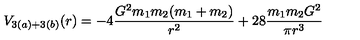
V _ { 3 ( a ) + 3 ( b ) } ( r ) = - 4 \frac { G ^ { 2 } m _ { 1 } m _ { 2 } ( m _ { 1 } + m _ { 2 } ) } { r ^ { 2 } } + 2 8 \frac { m _ { 1 } m _ { 2 } G ^ { 2 } } { \pi r ^ { 3 } }